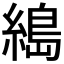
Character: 𦃭